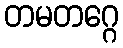
တမတဂ္ဂေ